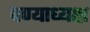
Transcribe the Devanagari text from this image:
पण्याध्यक्ष